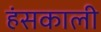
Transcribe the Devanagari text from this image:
हंसकाली